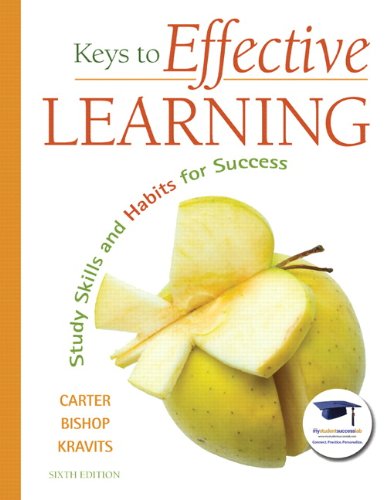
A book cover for Keys to Effective Learning: Study Skills and Habits for Success (6th Edition); Carol J. Carter; Education & Teaching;